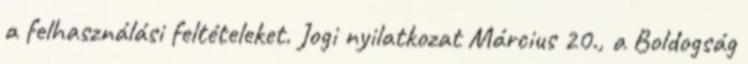
a felhasználási feltételeket. Jogi nyilatkozat Március 20., a Boldogság